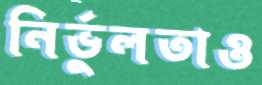
নির্ভুলতাও